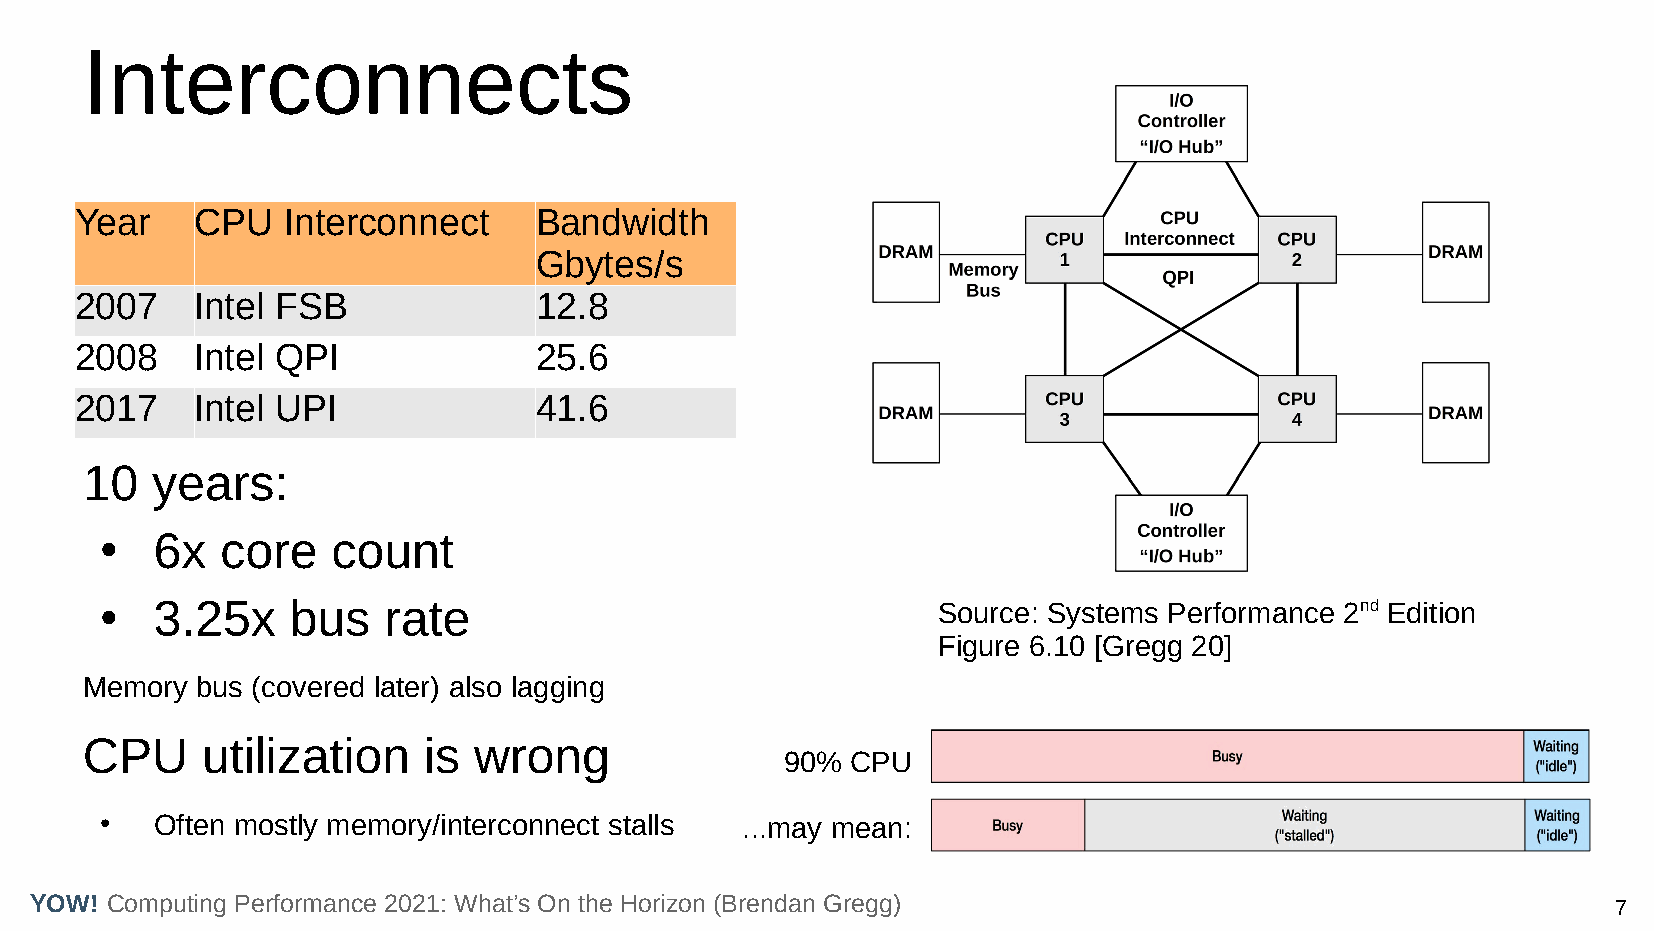
Interconnects
 Year    CPU   Interconnect    Bandwidth
 Gbytes/s
 2007    Intel FSB             12.8
 2008    Intel QPI             25.6
 2017    Intel UPI             41.6
 10   years:
 6x   core   count
 ●
 ●  3.25x    bus   rate                                 Source: Systems Performance 2nd Edition
 Figure 6.10 [Gregg 20]
 Memory  bus (covered later) also lagging
 CPU     utilization    is wrong
 90% CPU
 ●  Often mostly memory/interconnect stalls ...may mean:
 YOW! Computing Performance 2021: What’s On the Horizon (Brendan Gregg)                                   7